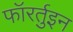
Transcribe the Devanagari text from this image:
फॉरर्तुइन